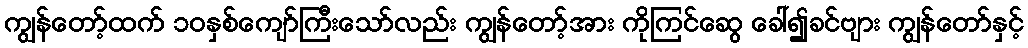
ကျွန်တော့်ထက် ၁၀နှစ်ကျော်ကြီးသော်လည်း ကျွန်တော့်အား ကိုကြင်ဆွေ ခေါ်၍ခင်ဗျား ကျွန်တော်နှင့်